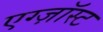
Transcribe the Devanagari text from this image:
एग्ज़ॉस्ट